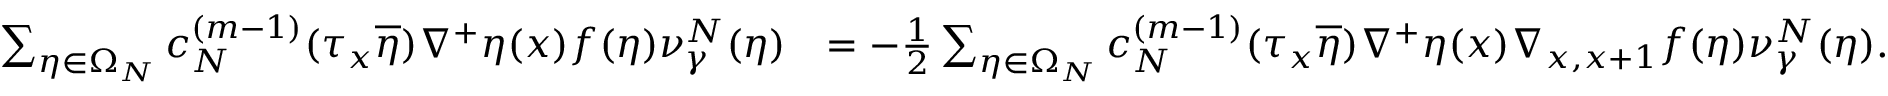
\begin{array} { r l } { \sum _ { \eta \in \Omega _ { N } } c _ { N } ^ { ( m - 1 ) } ( \tau _ { x } \overline { { \eta } } ) \nabla ^ { + } \eta ( x ) f ( \eta ) \nu _ { \gamma } ^ { N } ( \eta ) } & { = - \frac 1 2 \sum _ { \eta \in \Omega _ { N } } c _ { N } ^ { ( m - 1 ) } ( \tau _ { x } \overline { { \eta } } ) \nabla ^ { + } \eta ( x ) \nabla _ { x , x + 1 } f ( \eta ) \nu _ { \gamma } ^ { N } ( \eta ) . } \end{array}